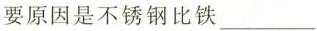
要原因是不锈钢比铁___